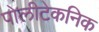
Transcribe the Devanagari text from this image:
पोलीटेकनिक